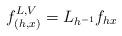
LaTeX: \begin{align*}f^{L, V}_{(h,x)} = L_{h^{-1}}f_{hx}\end{align*}